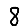
Digit: 8